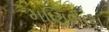
મણિલાન